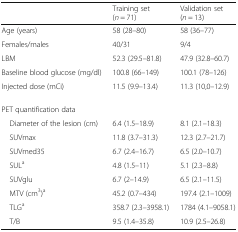
|  | Training set (n = 71) | Validation set (n = 13) |
 | --- | --- | --- |
 | Age (years) | 58 (28–80) | 58 (36–77) |
 | Females/males | 40/31 | 9/4 |
 | LBM | 52.3 (29.5–81.8) | 47.9 (32.8–60.7) |
 | Baseline blood glucose (mg/dl) | 100.8 (66–149) | 100.1 (78–126) |
 | Injected dose (mCi) | 11.5 (9.9–13.4) | 11.3 (10,0–12.9) |
 | <COLSPAN=3> PET quantification data |
 | Diameter of the lesion (cm) | 6.4 (1.5–18.9) | 8.1 (2.1–18.3) |
 | SUVmax | 11.8 (3.7–31.3) | 12.3 (2.7–21.7) |
 | SUVmed35 | 6.7 (2.4–16.7) | 6.5 (2.0–10.7) |
 | SULa | 4.8 (1.5–11) | 5.1 (2.3–8.8) |
 | SUVglu | 6.7 (2–14.9) | 6.5 (2.1–11.5) |
 | MTV (cm3)a | 45.2 (0.7–434) | 197.4 (2.1–1009) |
 | TLGa | 358.7 (2.3–3958.1) | 1784 (4.1–9058.1) |
 | T/B | 9.5 (1.4–35.8) | 10.9 (2.5–26.8) |